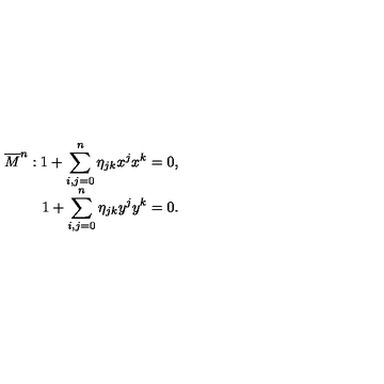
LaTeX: \begin{array} { r } { \overline { { M } } ^ { n } : 1 + \displaystyle \sum _ { i , j = 0 } ^ { n } \eta _ { j k } x ^ { j } x ^ { k } = 0 , } \\ { 1 + \displaystyle \sum _ { i , j = 0 } ^ { n } \eta _ { j k } y ^ { j } y ^ { k } = 0 . } \\ \end{array}